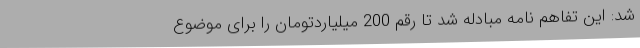
شد: این تفاهم نامه مبادله شد تا رقم 200 میلیاردتومان را برای موضوع